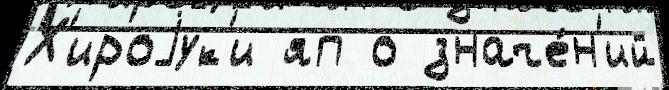
Х'ироjук'и яп о значе́н'ий